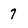
Character: 7